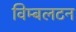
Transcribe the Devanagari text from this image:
विम्‍बलटन